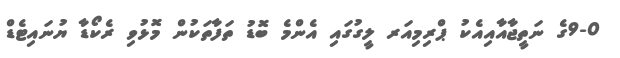
9-0ގެ ނަތީޖާއާއިއެކު ޕްރިމިއަރ ލީގުގައި އެންމެ ބޮޑު ތަފާތަކުން މޮޅުވި ރެކޯޑާ ޔުނައިޓެޑް